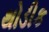
થોડીક